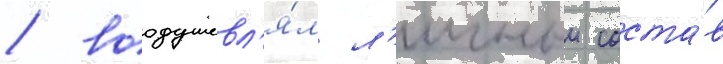
/ воодушевл'я́л л'ичныи соста́в